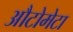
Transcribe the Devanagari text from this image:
औटोमेटा